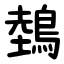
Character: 鵱